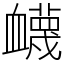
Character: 衊